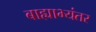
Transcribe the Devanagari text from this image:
बाह्याभ्यंतर